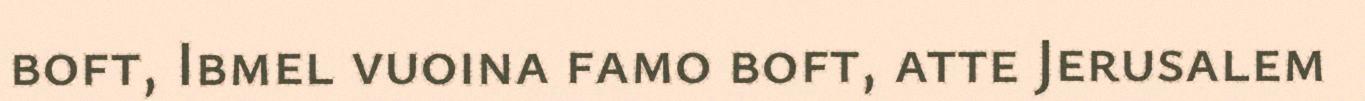
boft, Ibmel vuoina famo boft, atte Jerusalem